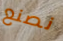
نصنع